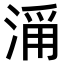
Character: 𣹄